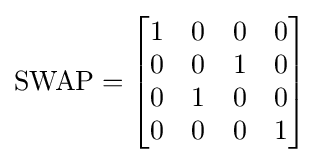
{\mbox{SWAP}}={\begin{bmatrix}1&0&0&0\\0&0&1&0\\0&1&0&0\\0&0&0&1\end{bmatrix}}